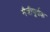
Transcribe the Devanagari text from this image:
मैत्रीपूर्वक